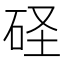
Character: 𥑋